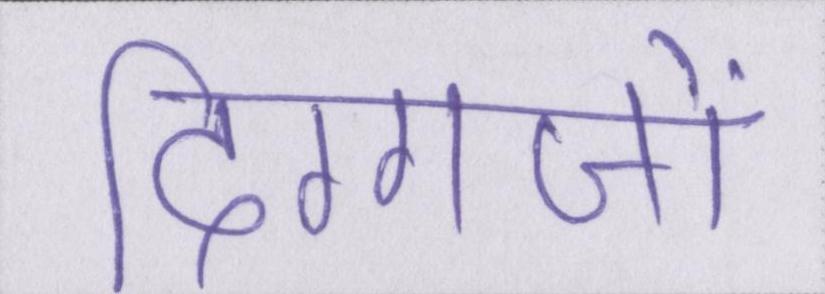
दिग्गजों